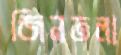
জিনতলা